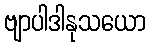
ဗျာပါဒါနုသယော